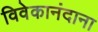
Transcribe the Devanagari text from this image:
विवेकानंदाना